Papers set at the Examination for Leaving Certificates, 1892
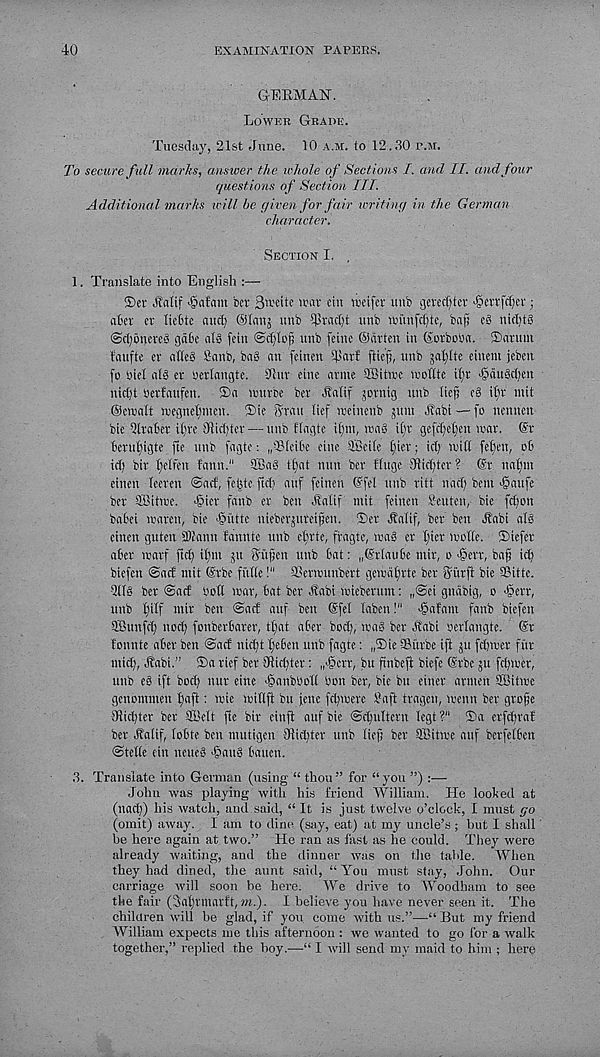
40
EXAMINATION PAPERS.
GERMAN.
Lower Grade.
Tuesday, 21st June. 10 a.m. to 12.30 p.m.
To secure full marks, answer the whole of Sections I. and II. and four
questions of Section III.
Additional marks will he given for fair writing in the German
character.
Section I. .
1. Translate into English :—
35et .ffalif 'gafam ber S't't'te "•’« tin nxifer unb gewcljter ^cnfdiet;
abet ct liefcte mid) ©lanj unb Ulradjt unb itnnfdjtc, bnfj c$ nid)tg
@cl)6neteS ga6e nib fein ©djloji unb feine ©drten in ©otboba. iSaruut
Inufte er (illcS 8anb, bag an feinen Hlarf ftief), unb 5al)ltc einem jeben
(o biel alg et uerlangte. Hint cine armc SBitwe mollte i^'t >§augd)cn
nid)t Wevfaufen. ®a nnirce bet .Si'alif go.tnig unb lief; eg iln - mit
©erenlt «cgnel)incn. ®ie ^rau lief nxinenb gum blnbi—fo nennen
bie Qlfaber il)te 9lid)ter — unb flagte ifnt, rang xtyc gefefetjen war. ©r
beru^igte fte unb fagte: .fBleibe einc QBeile l;iet; id) null felien, ob
id) bit lielfen fann." £Sa6 tf)at nnn bet flnge 91id)tet ? ©t nafnt
einen feeten @arf, feijte ftd) anf feinen ©fel unb ritt nad) bent >§aufe
bet aTitwe. ^iet fanb et ben dlalif mit feinen Seuten, bie fefon
babei waven, bie ■§utte niebergnreifen. ®et Jfaiif, ber ben l?abi alg
einen gnten 9)knn fannte unb efute, fragte, wab er I)ier motte. iSiefer
abet roarf ftd) il)nt git tfiifen unb bat: „©rlaubc ntir, o <§err, baf icf
biefen @acf mit ©rbe fittte I" aSerwunbert geuidljrte ber ffitrfl bie SSitte.
2llg ber ©act boll war, bat ber btabi wiebernm: „@ei gttdbig, o ■iberr,
unb l)ilf ntir ben ©act anf ben ©fel laben!" egafant fanb biefen
aBunfdj nod) fonberbarer, ttjat aber bod), wab ber btabi oerlangte. ©r
tonnte aber ben ©ad nidft feben unb fagte; ^ie Sitrbe ift gu fdjwer fhr
mid), Jtabi.” ®a rief ber 9tid)ter; „>§crr, bu ftnbeft biefe ©rbe gu fdjwer,
unb eb ift bod) nut eine foanbooll bon ber, bie bu cinet arntett SBitwe
genomnien tjaft; wie willft bu jene fcfwere 2 a ft tragen, wenn ber grofe
91id)ter ber SBelt fie bir cinfi auf bie ©djultern legt ?“ Da erfd)rat
ber Jt’alif, lobte ben mutigen 9tid)ter unb lief ber SBitwe auf berfelben
©telle eitt neueb foaub batten.
3. Translate into German (using “ thou” for “you ”) :—
John was playing with his friend William. He looked at
(nad)) his watch, and said, “ It is just twelve o’clock, I must go
(omit) away. I am to dine (say, eat) at my uncle’s; hut I shall
be here again at two.” He ran as fast as he could. They were
already waiting, and the dinner was on the table. When
they had dined, the aunt said, “ You must stay, John. Our
carriage will soon be here. We drive to Woodham to see
the fair (3al)rtnarft, ?».). I believe you have never seen it. The
children will be glad, if you. come with us.”—“ But my friend
William expects me this afternoon : we wanted to go for a walk
together,” replied the boy.—“ I will send my maid to him ; here